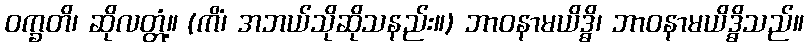
ဝက္ခတိ၊ ဆိုလတ္တံ့။ (ကိံ၊ အဘယ်သိုဆိုသနည်း။) ဘာဝနာမယိဒ္ဓိ၊ ဘာဝနာမယိဒ္ဓိသည်။